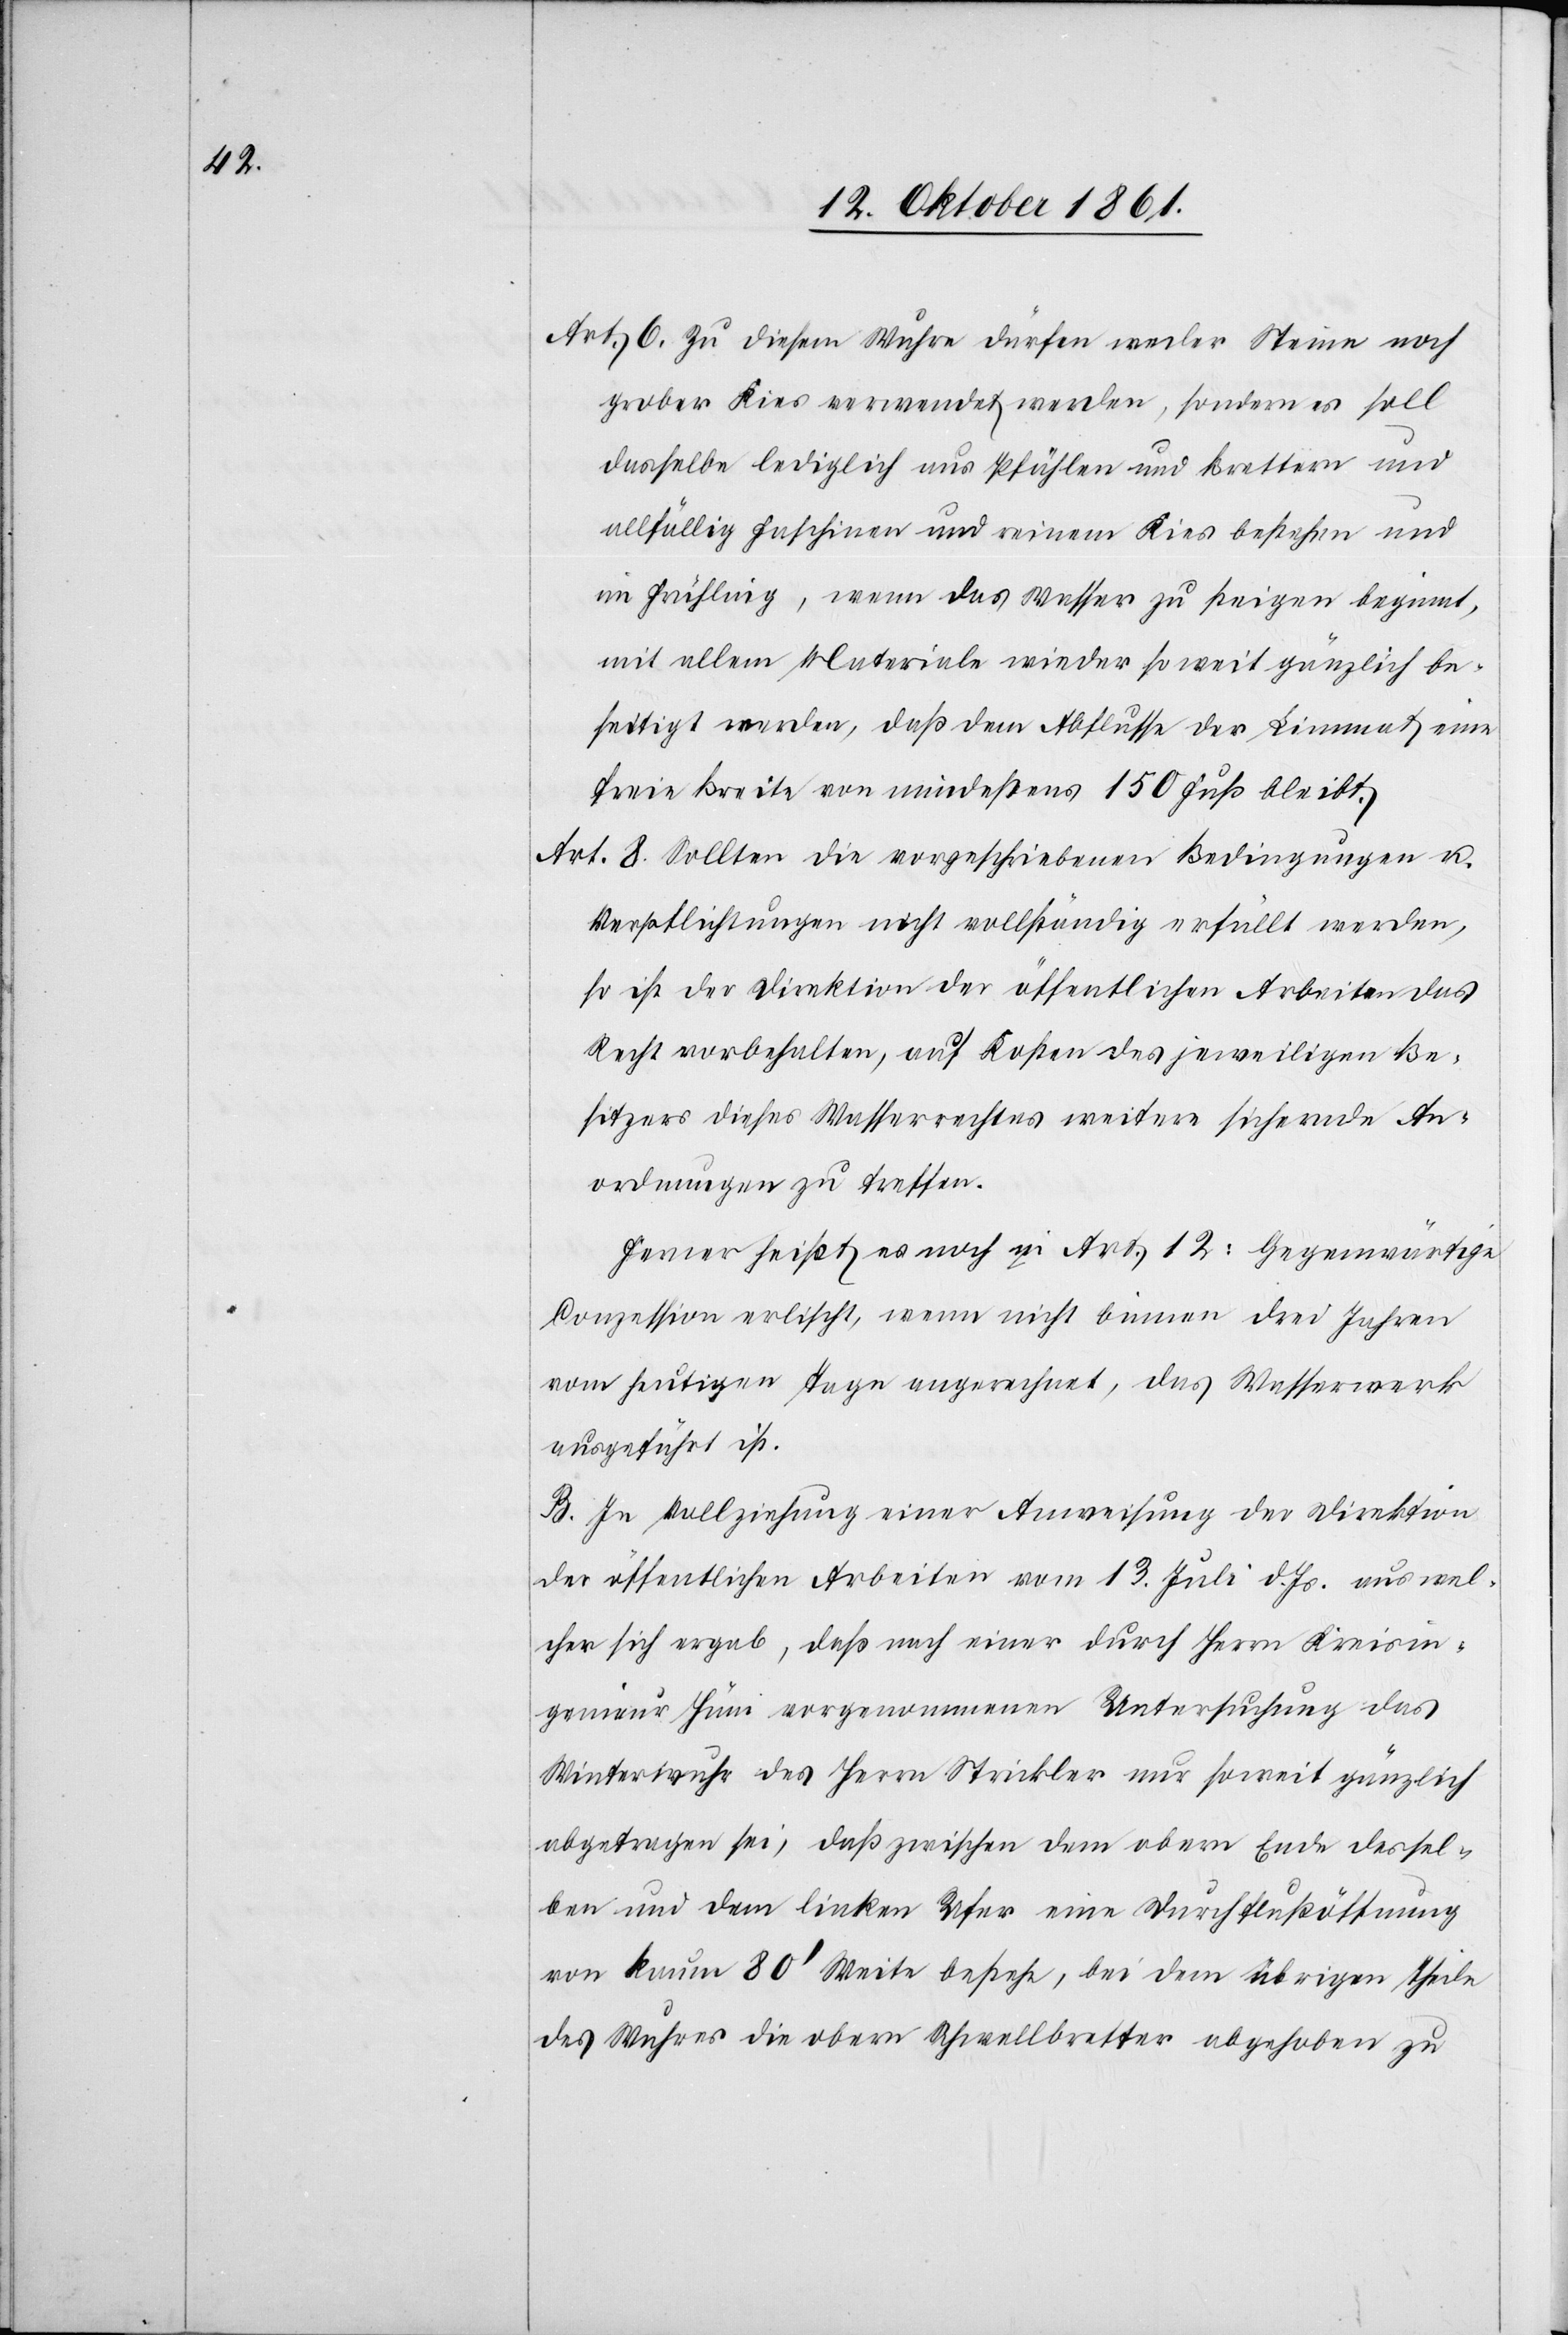
Art. 6. Zu diesem Wuhre dürfen weder Steine noch
grobes Kies verwendet werden, sondern es soll
dasselbe lediglich aus Pfählen und Brettern und
allfällig Faschinen und reinem Kies bestehen und
im Frühling, wenn das Wasser zu steigen beginnt,
mit allem Materiale wieder so weit gänzlich be¬
seitigt werden, daß dem Abflusse der Limmat eine
freie Breite von mindestens 150 Fuß bleibt.
Art. 8 Sollten die vorgeschriebenen Bedingungen u.
Verpflichtungen nicht vollständig erfüllt werden,
so ist der Direktion der öffentlichen Arbeiten das
Recht vorbehalten, auf Kosten des jeweiligen Be¬
sitzers dieses Wasserrechtes weitere sichernde An¬
ordnungen zu treffen.
Ferner heißt es noch in Art. 12: Gegenwärtige
Conzession erlischt, wenn nicht binnen drei Jahren
vom heutigen Tage angerechnet, das Wasserwerk
ausgeführt ist.
B. In Vollziehung einer Anweisung der Direktion
der öffentlichen Arbeiten vom 13 Juli d. Js. aus wel¬
cher sich ergab, daß nach einer durch Herrn Kreisin¬
genieur Hüni vorgenommenen Untersuchung das
Winterwuhr des Herrn Strickler nur soweit gänzlich
abgetragen sei, daß zwischen dem obern Ende dessel¬
ben und dem linken Ufer eine Durchflußöffnung
von kaum 80’ Weite bestehe, bei dem übrigen Theile
des Wuhres die obern Schwellbretter abgehoben zu